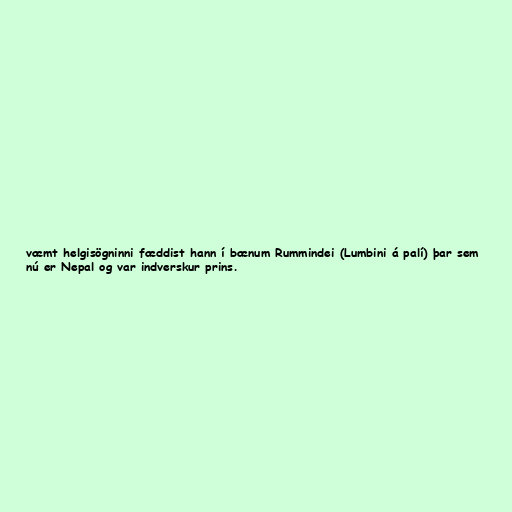
væmt helgisögninni fæddist hann í bænum Rummindei (Lumbini á palí) þar sem
nú er Nepal og var indverskur prins.